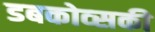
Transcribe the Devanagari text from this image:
डबकोव्सकी